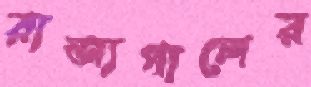
রাজ্যপালের